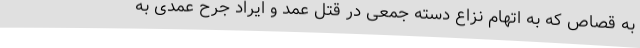
به قصاص که به اتهام نزاع دسته جمعی در قتل عمد و ایراد جرح عمدی به